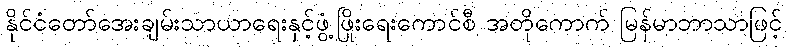
နိုင်ငံတော်အေးချမ်းသာယာရေးနှင့်ဖွံ့ဖြိုးရေးကောင်စီ အတိုကောက် မြန်မာဘာသာဖြင့်